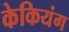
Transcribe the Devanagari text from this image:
केकियंग